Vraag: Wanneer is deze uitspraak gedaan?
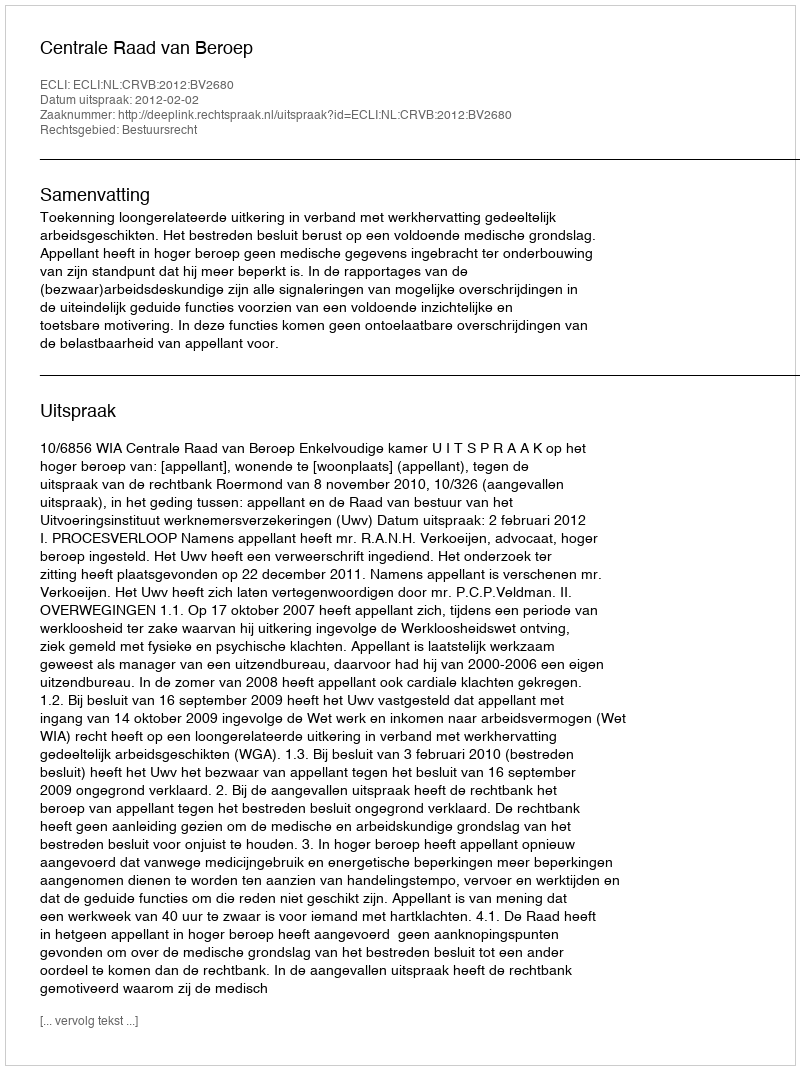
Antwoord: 2012-02-02